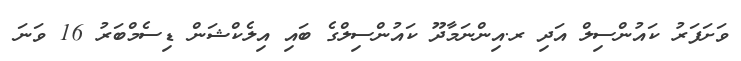
ވަށަފަރު ކައުންސިލް އަދި ރ.އިންނަމާދޫ ކައުންސިލްގެ ބައި އިލެކްޝަން ޑިސެމްބަރު 16 ވަނަ